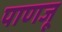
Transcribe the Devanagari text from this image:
पाणजू